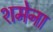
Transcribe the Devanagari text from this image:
शमेना